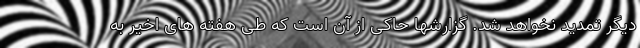
دیگر تمدید نخواهد شد. گزارشها حاکی از آن است که طی هفته های اخیر به